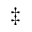
^ \ddagger